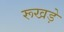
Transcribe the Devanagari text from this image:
रूखड़े